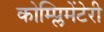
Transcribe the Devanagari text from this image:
कोम्प्लिमेंटेरी